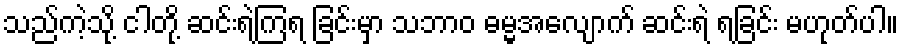
သည်ကဲ့သို့ ငါတို့ ဆင်းရဲကြရ ခြင်းမှာ သဘာဝ ဓမ္မအလျောက် ဆင်းရဲ ရခြင်း မဟုတ်ပါ။